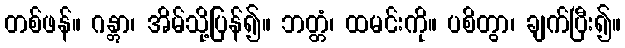
တစ်ဖန်။ ဂန္တွာ၊ အိမ်သို့ပြန်၍။ ဘတ္တံ၊ ထမင်းကို။ ပစိတွာ၊ ချက်ပြီး၍။